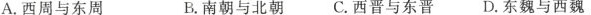
A.西周与东周 B.南朝与北朝 C.西晋与东晋 D.东魏与西魏